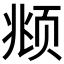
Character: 𫖯